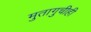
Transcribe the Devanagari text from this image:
मुतागुचीही